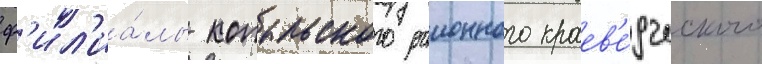
ф'ил'иа́лы копыльского раионного краев'е́дческого